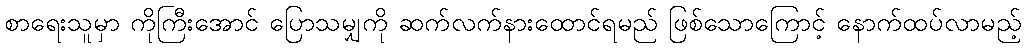
စာရေးသူမှာ ကိုကြီးအောင် ပြောသမျှကို ဆက်လက်နားထောင်ရမည် ဖြစ်သောကြောင့် နောက်ထပ်လာမည့်